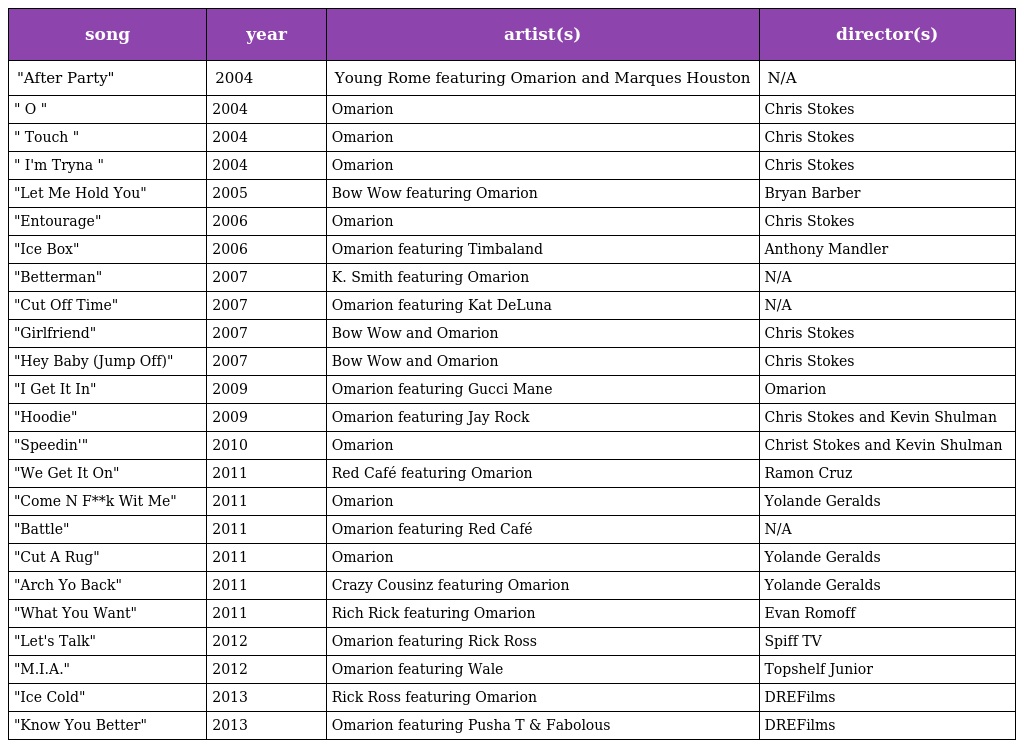
| song | year | artist(s) | director(s) |
 | --- | --- | --- | --- |
 | "After Party" | 2004 | Young Rome featuring Omarion and Marques Houston | N/A |
 | " O " | 2004 | Omarion | Chris Stokes |
 | " Touch " | 2004 | Omarion | Chris Stokes |
 | " I'm Tryna " | 2004 | Omarion | Chris Stokes |
 | "Let Me Hold You" | 2005 | Bow Wow featuring Omarion | Bryan Barber |
 | "Entourage" | 2006 | Omarion | Chris Stokes |
 | "Ice Box" | 2006 | Omarion featuring Timbaland | Anthony Mandler |
 | "Betterman" | 2007 | K. Smith featuring Omarion | N/A |
 | "Cut Off Time" | 2007 | Omarion featuring Kat DeLuna | N/A |
 | "Girlfriend" | 2007 | Bow Wow and Omarion | Chris Stokes |
 | "Hey Baby (Jump Off)" | 2007 | Bow Wow and Omarion | Chris Stokes |
 | "I Get It In" | 2009 | Omarion featuring Gucci Mane | Omarion |
 | "Hoodie" | 2009 | Omarion featuring Jay Rock | Chris Stokes and Kevin Shulman |
 | "Speedin'" | 2010 | Omarion | Christ Stokes and Kevin Shulman |
 | "We Get It On" | 2011 | Red Café featuring Omarion | Ramon Cruz |
 | "Come N F**k Wit Me" | 2011 | Omarion | Yolande Geralds |
 | "Battle" | 2011 | Omarion featuring Red Café | N/A |
 | "Cut A Rug" | 2011 | Omarion | Yolande Geralds |
 | "Arch Yo Back" | 2011 | Crazy Cousinz featuring Omarion | Yolande Geralds |
 | "What You Want" | 2011 | Rich Rick featuring Omarion | Evan Romoff |
 | "Let's Talk" | 2012 | Omarion featuring Rick Ross | Spiff TV |
 | "M.I.A." | 2012 | Omarion featuring Wale | Topshelf Junior |
 | "Ice Cold" | 2013 | Rick Ross featuring Omarion | DREFilms |
 | "Know You Better" | 2013 | Omarion featuring Pusha T & Fabolous | DREFilms |